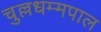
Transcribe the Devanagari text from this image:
चुल्लधम्मपाल